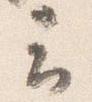
云